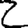
Digit: 2